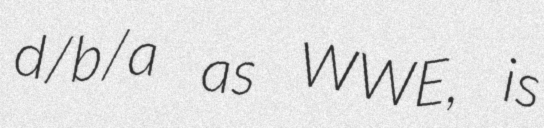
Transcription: d/b/a as WWE, is